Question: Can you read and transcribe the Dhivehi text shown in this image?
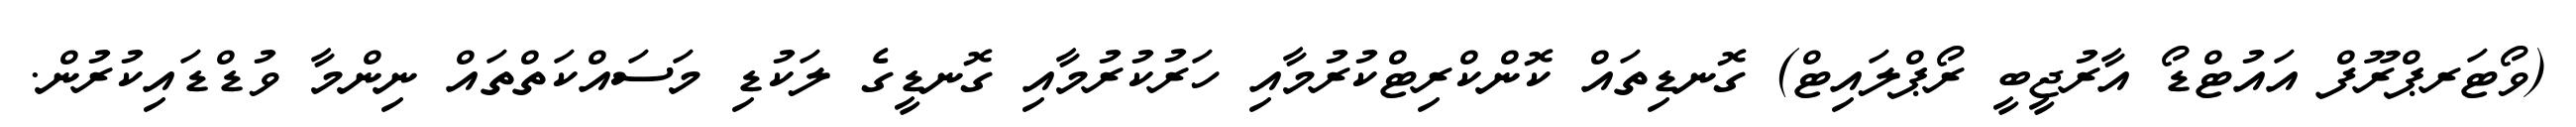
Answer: (ވޯޓަރޕްރޫފް އައުޓްޑޯ އާރުޖީބީ ރޯޕްލައިޓް) ގޮނޑިތައް ކޮންކްރިޓްކުރުމާއި ހަރުކުރުމާއި ގޮނޑީގެ ލަކުޑި މަސައްކަތްތައް ނިންމާ ވުޑްޑައިކުރުން.